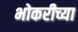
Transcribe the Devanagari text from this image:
भोकरीच्या